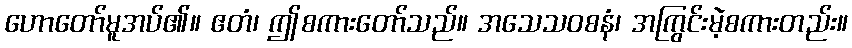
ဟောတော်မူအပ်၏။ ဧတံ၊ ဤစကားတော်သည်။ အသေသဝစနံ၊ အကြွင်းမဲ့စကားတည်း။